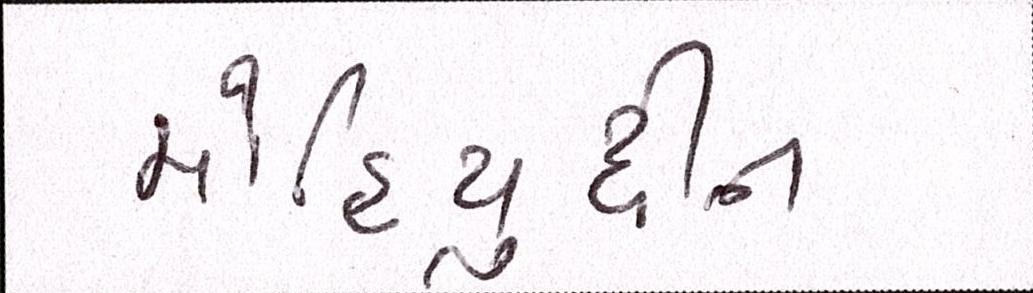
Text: મોહિયુદ્દીન